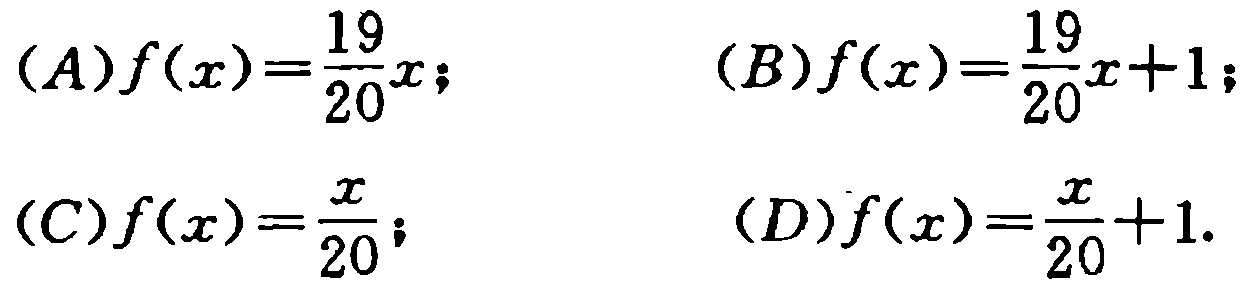
\[(A)f(x)=\frac{19}{20}x;\quad (B)f(x)=\frac{19}{20}x + 1;\]

\[(C)f(x)=\frac{x}{20};\quad (D)f(x)=\frac{x}{20}+1.\]